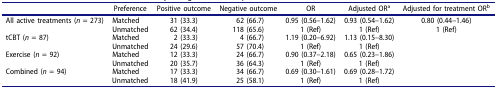
|  | Preference | Positive outcome | Negative outcome | OR | Adjusted ORa | Adjusted for treatment ORb |
 | --- | --- | --- | --- | --- | --- | --- |
 | <ROWSPAN=2> All active treatments (n = 273) | Matched | 31 (33.3) | 62 (66.7) | 0.95 (0.56–1.62) | 0.93 (0.54–1.62) | 0.80 (0.44–1.46) |
 | Unmatched | 62 (34.4) | 118 (65.6) | 1 (Ref) | 1 (Ref) | 1 (Ref) |
 | <ROWSPAN=2> tCBT (n = 87) | Matched | 2 (33.3) | 4 (66.7) | 1.19 (0.20–6.92) | 1.13 (0.15–8.30) |  |
 | Unmatched | 24 (29.6) | 57 (70.4) | 1 (Ref) | 1 (Ref) |  |
 | <ROWSPAN=2> Exercise (n = 92) | Matched | 12 (33.3) | 24 (66.7) | 0.90 (0.37–2.18) | 0.65 (0.23–1.86) |  |
 | Unmatched | 20 (35.7) | 36 (64.3) | 1 (Ref) | 1 (Ref) |  |
 | <ROWSPAN=2> Combined (n = 94) | Matched | 17 (33.3) | 34 (66.7) | 0.69 (0.30–1.61) | 0.69 (0.28–1.72) |  |
 | Unmatched | 18 (41.9) | 25 (58.1) | 1 (Ref) | 1 (Ref) |  |